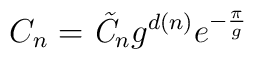
C_n= \hbox{\it \~C}_n g^{d(n)} e^{-{\pi\over g} }